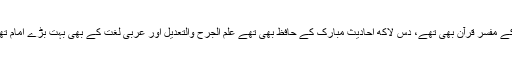
امام احمد بن حنبل اپنے دور کے مفسر قرآن بھی تھے، دس لاکھ احادیث مبارک کے حافظ بھی تھے علم الجرح والتعدیل اور عربی لغت کے بھی بہت بڑے امام تھے، فقہ حنبلی کے بانی تھے۔